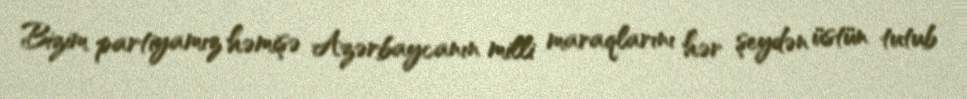
Bizim partiyamız həmişə Azərbaycanın milli maraqlarını hər şeydən üstün tutub